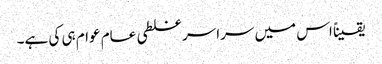
یقیناً اس میں سراسر غلطی عام عوام ہی کی ہے۔